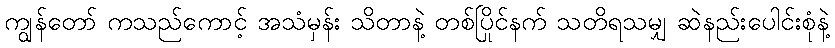
ကျွန်တော် ကသည်ကောင့် အသံမှန်း သိတာနဲ့ တစ်ပြိုင်နက် သတိရသမျှ ဆဲနည်းပေါင်းစုံနဲ့